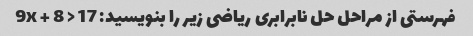
فهرستی از مراحل حل نابرابری ریاضی زیر را بنویسید: 9x + 8 > 17